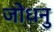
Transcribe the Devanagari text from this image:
जोधनु